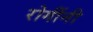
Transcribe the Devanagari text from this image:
रोगींनी